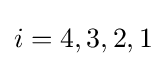
i=4,3,2,1